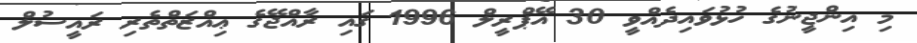
މި އިންޖީނުގެ ހުޅުވައިދެއްވީ 30 އޭޕްރީލް 1996 ގައި ރާއްޖޭގެ ޢިއްޒަތްތެރި ރައީސުލް